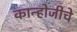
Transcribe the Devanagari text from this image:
कान्होजीचे